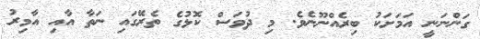
ގަންނަނީ އަމަށަކު ބިރެއްނޫނެވެ. މި ދުވަސް ކޮޅުގެ ތެރޭގައި ނަތާ އާއި އާމިރު